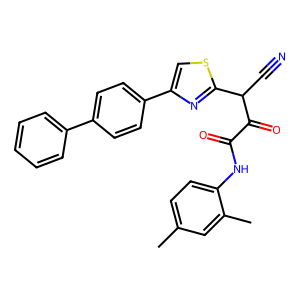
SMILES: Cc1ccc(NC(=O)C(=O)C(C#N)c2nc(-c3ccc(-c4ccccc4)cc3)cs2)c(C)c1
Inhibits HIV replication: No